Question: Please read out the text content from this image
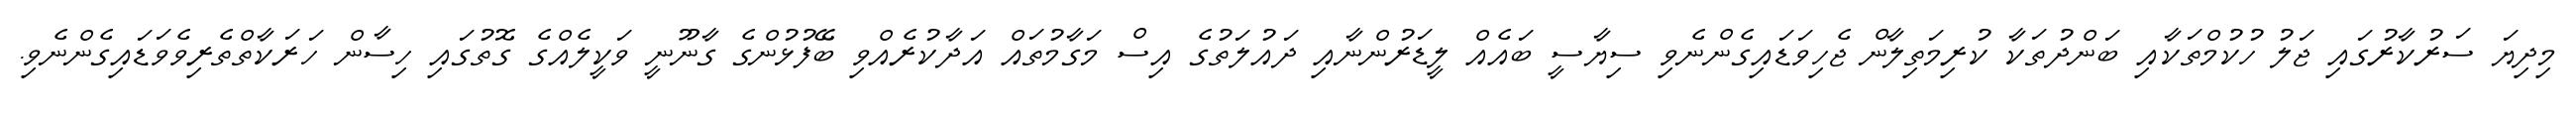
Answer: މިދިޔަ ސަރުކާރުގައި ޖަލު ހުކުމްތަކާއި ބަންދުތަކާ ކުރިމަތިލާން ޖެހިވަޑައިގެންނެވި ސިޔާސީ ބައެއް ލީޑަރުންނާއި ދައުލަތުގެ އިސް މަގާމުތައް އަދާކުރެއްވި ބޭފުޅުންގެ ގާނޫނީ ވަކީލެއްގެ ގޮތުގައި ހިސާން ހަރަކާތްތެރިވެވަޑައިގެންނެވި.